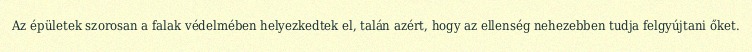
Az épületek szorosan a falak védelmében helyezkedtek el, talán azért, hogy az ellenség nehezebben tudja felgyújtani őket.